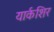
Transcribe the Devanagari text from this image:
यार्कशिर